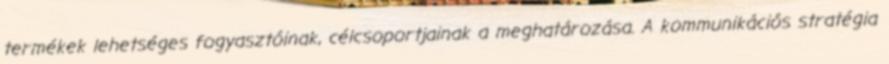
termékek lehetséges fogyasztóinak, célcsoportjainak a meghatározása. A kommunikációs stratégia